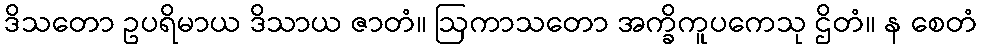
ဒိသတော ဥပရိမာယ ဒိသာယ ဇာတံ။ ဩကာသတော အက္ခိကူပကေသု ဌိတံ။ န စေတံ